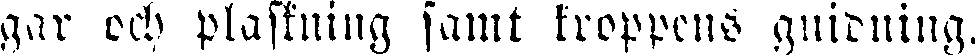
gar och plaskning samt kroppens gnidning.